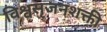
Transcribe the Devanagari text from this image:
विश्वसृजनशक्ती